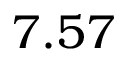
7 . 5 7